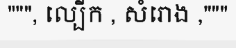
""", ល្បើក , សំរោង ,"""